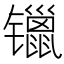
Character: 镴